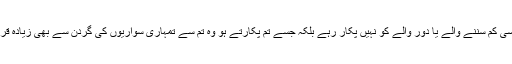
اپنی جانوں پر رحم کرو تم کسی کم سننے والے یا دور والے کو نہیں پکار رہے بلکہ جسے تم پکارتے ہو وہ تم سے تمہاری سواریوں کی گردن سے بھی زیادہ قریب ہے، اے عبداللہ بن قیس !